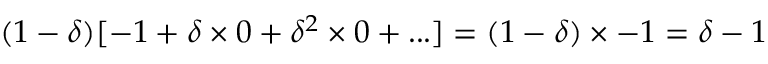
( 1 - \delta ) [ - 1 + \delta \times 0 + \delta ^ { 2 } \times 0 + . . . ] = ( 1 - \delta ) \times - 1 = \delta - 1